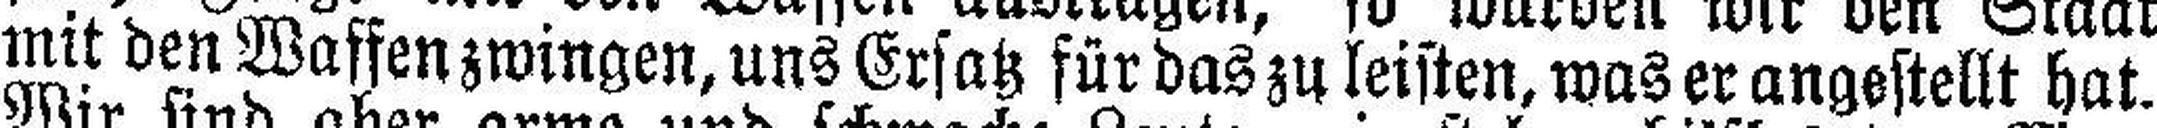
mit den Waffenzwingen, uns Ersatz für das zu leisten, was er angestellt hat.